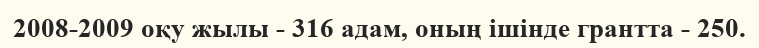
2008-2009 оқу жылы - 316 адам, оның ішінде грантта - 250.